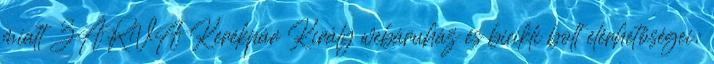
miatt ZÁRVA Kerékpár Király webáruház és bicikli bolt elérhetőségei: